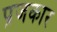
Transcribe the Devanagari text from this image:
प्रजकार